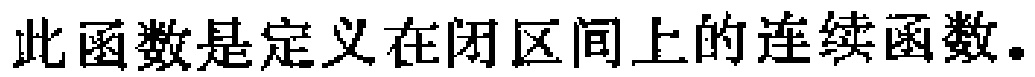
此函数是定义在闭区间上的连续函数。